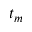
t _ { m }